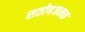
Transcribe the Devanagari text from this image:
सतोषजनक